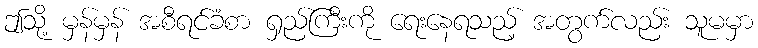
ဤသို့ မှန်မှန် အစီရင်ခံစာ ရှည်ကြီးကို ရေးနေရသည့် အတွက်လည်း သူမမှာ